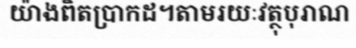
យ៉ាងពិតប្រាកដ។តាមរយៈវត្ថុបុរាណ